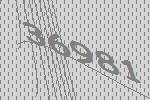
36981